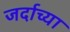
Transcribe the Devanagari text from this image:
जर्दाच्या